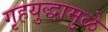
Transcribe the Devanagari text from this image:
गृहयुद्धामुळे